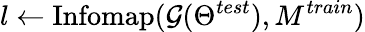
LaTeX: l\gets\mathrm{Infomap}(\mathcal{G}(\Theta^{test}),M^{train})